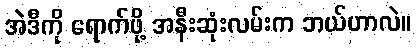
အဲဒီကို ရောက်ဖို့ အနီးဆုံးလမ်းက ဘယ်ဟာလဲ။